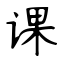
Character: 课